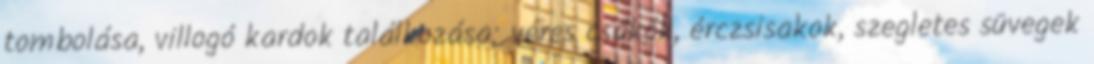
tombolása, villogó kardok találkozása; véres csákók, érczsisakok, szegletes süvegek